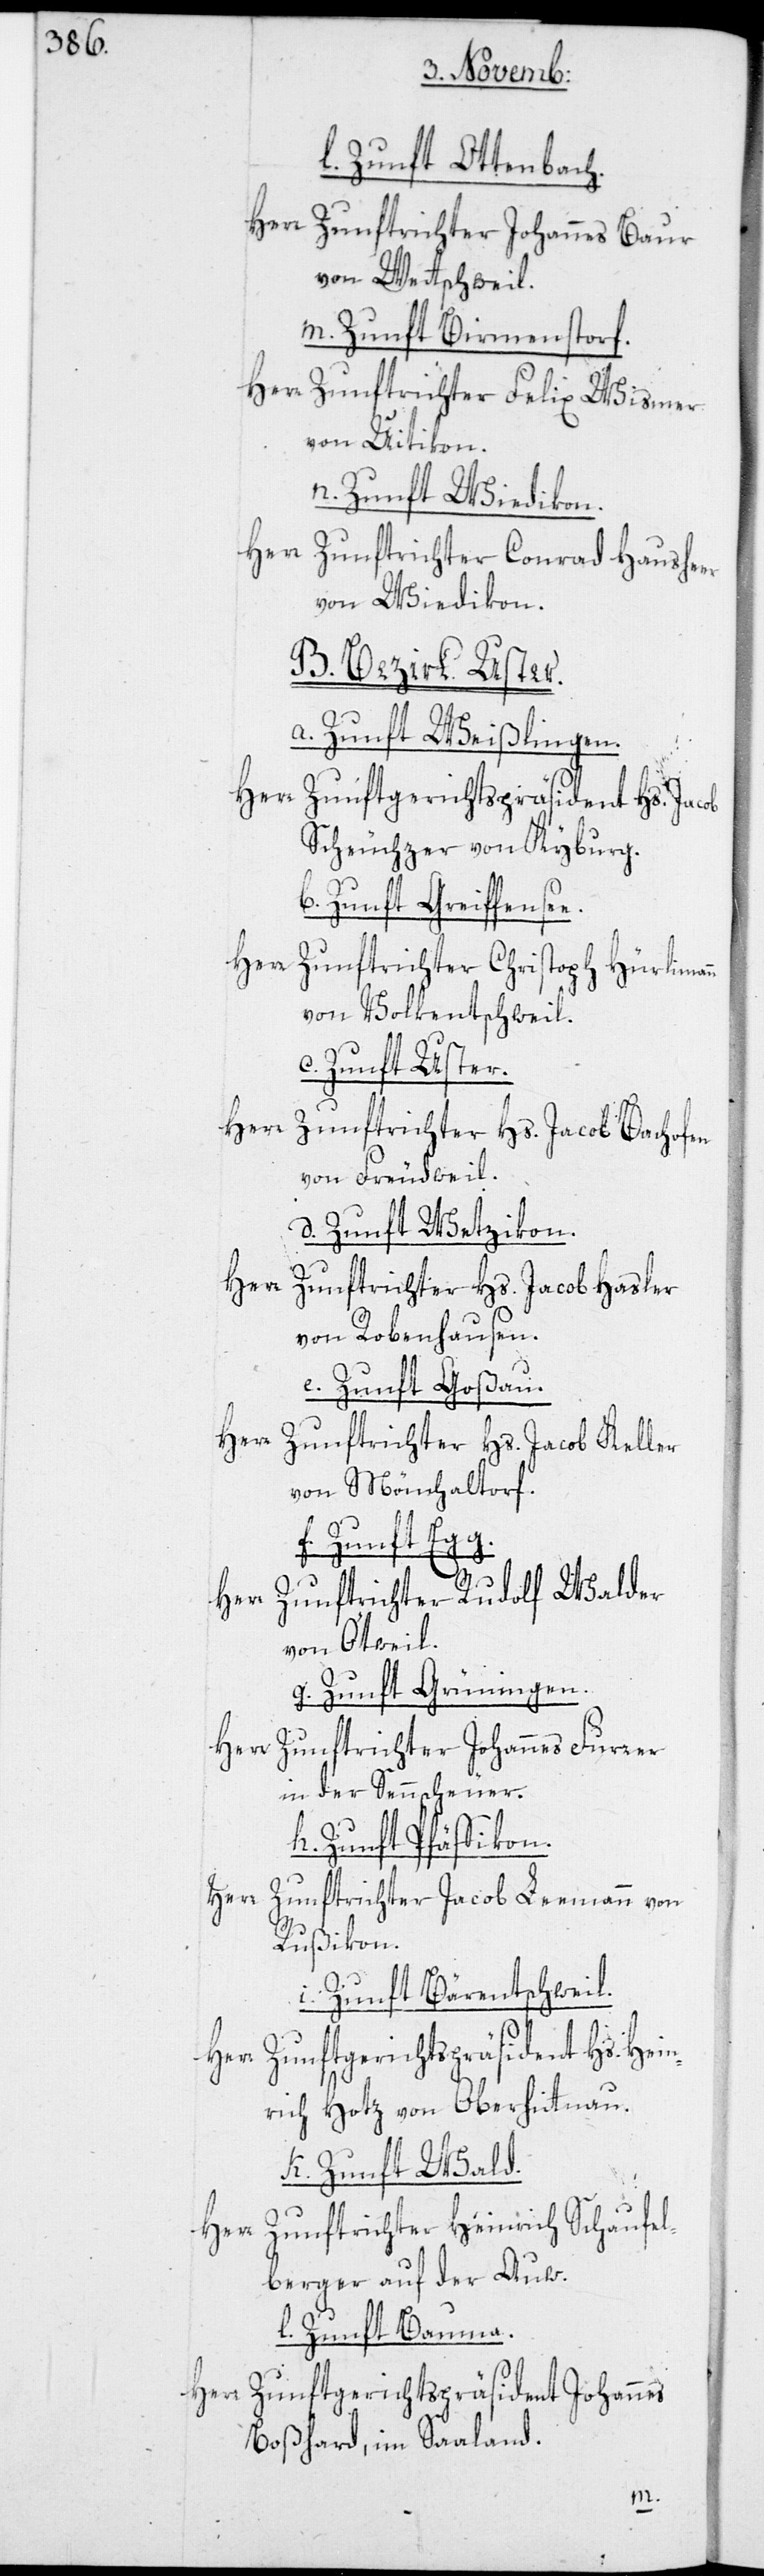
l. Zunft Ottenbach.
Herr Zunftrichter Johannes Baur
von Wettschweil.
m. Zunft Birmenstorf.
Herr Zunftrichter Felix Wismer
von Uitikon.
n. Zunft Wiedikon.
Herr Zunftrichter Conrad Hausheer
von Wiedikon.
B. Bezirk Uster.
a. Zunft Weißlingen.
Zunftgerichtspräsident
Hs. Jacob
Scheuchzer von Kyburg.
b. Zunft Greiffensee.
Herr Zunftrichter Christoph Hürliman¬
von Volkentschweil.
c. Zunft Uster.
Herr
Zunftrichter Hs. Jacob Bachofen
von Freudweil.
d. Zunft Wetzikon.
Herr
Zunftrichter Hs. Jacob Hasler
von Robenhausen.
e. Zunft Goßau.
Herr Zunftrichter Hs. Jacob Keller
von Mönchaltorf.
f. Zunft Egg.
Herr Zunftrichter Rudolf Walder
von Ötweil.
g. Zunft Grüningen.
Herr Zunftrichter Johannes Furrer,
in der Sennscheuer.
h. Zunft Pfäffikon.
Herr Zunftrichter Jacob Leemann von
Rußikon.
i. Zunft Bärentschweil.
Herr Zunftgerichtspräsident Hs. Hein¬
rich Hotz von Oberhittnau.
k. Zunft Wald.
Zunftrichter Heinrich Schaufel¬
berger, auf der Auw.
l. Zunft Bauma.
Herr Zunftgerichtspräsident Johannes
Boßhard, im Saaland.
n